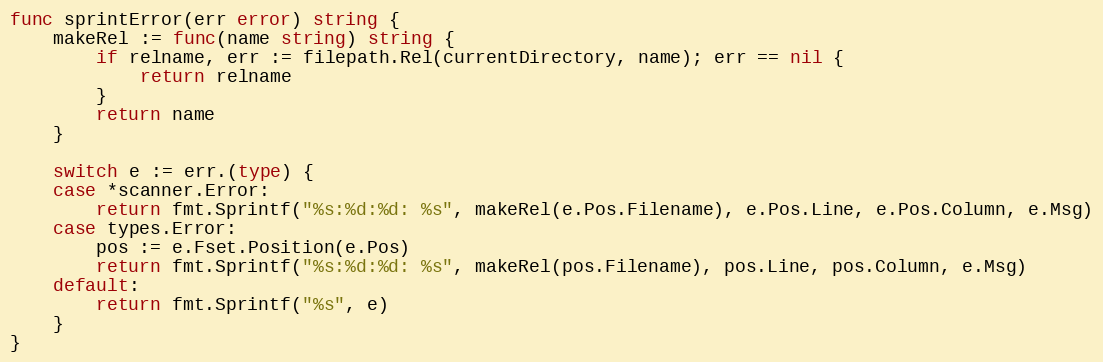
Language: Go
func sprintError(err error) string {
	makeRel := func(name string) string {
		if relname, err := filepath.Rel(currentDirectory, name); err == nil {
			return relname
		}
		return name
	}

	switch e := err.(type) {
	case *scanner.Error:
		return fmt.Sprintf("%s:%d:%d: %s", makeRel(e.Pos.Filename), e.Pos.Line, e.Pos.Column, e.Msg)
	case types.Error:
		pos := e.Fset.Position(e.Pos)
		return fmt.Sprintf("%s:%d:%d: %s", makeRel(pos.Filename), pos.Line, pos.Column, e.Msg)
	default:
		return fmt.Sprintf("%s", e)
	}
}